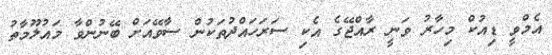
އެމްވީ ޑިއުކް މިހާރު ވަނީ ރާއްޖޭގެ އެކި ސަރަހައްދުތަކުން ސާވޭއަށް ބޭނުންވާ މައުލޫމާތު